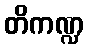
တိကဏ္ဍ